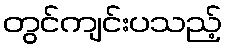
တွင်ကျင်းပသည့်